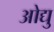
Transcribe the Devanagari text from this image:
ओद्यु